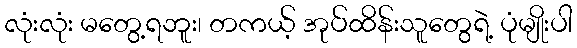
လုံးလုံး မတွေ့ရဘူး၊ တကယ့် အုပ်ထိန်းသူတွေရဲ့ ပုံမျိုးပါ